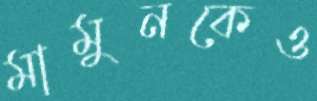
মামুনকেও